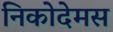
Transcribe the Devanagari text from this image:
निकोदेमस